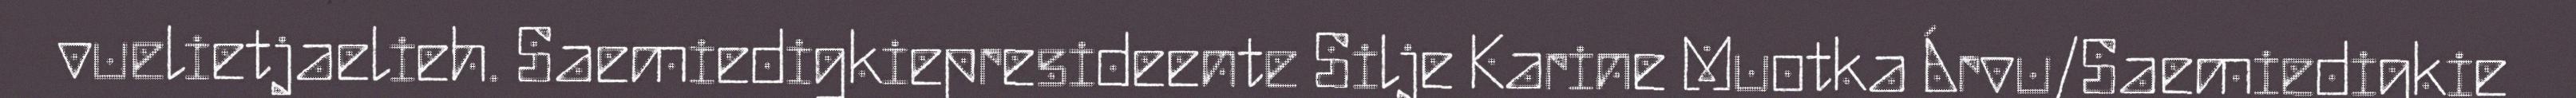
vuelietjaelieh. Saemiedigkiepresideente Silje Karine Muotka Árvu/Saemiedigkie